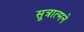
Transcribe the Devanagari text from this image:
सूत्रात्मने